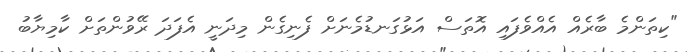
"ކިތަންމެ ބާރެއް އެއްވެފައި އޮތަސް އަޅުގަނޑުމެނަށް ފެނިގެން މިދަނީ އެފަދަ ރޭވުންތަށް ކާމިޔާބު